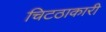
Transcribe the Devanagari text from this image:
चिटठाकारी